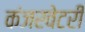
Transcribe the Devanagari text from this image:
कंजरवेटरी